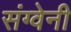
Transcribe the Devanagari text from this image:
संग्वेनी